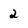
Character: 2